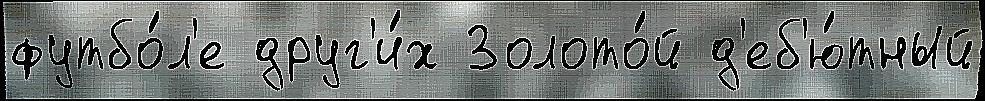
футбо́л'е друг'и́х Золото́й д'еб'ю́тный